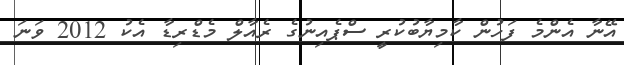
އޭނާ އެންމެ ފަހުން ކާމިޔާބުކުރީ ސްޕެއިނުގެ ރެއާލް މެޑްރިޑާ އެކު 2012 ވަނަ